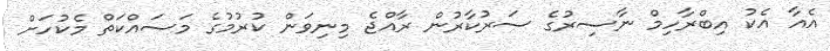
އެއާ އެކު އިބްރާހިމް ނާސިރުގެ ސަރުކާރުން ރާއްޖެ މިނިވަން ކުރުމުގެ މަސައްކަތް މެކުހަށް